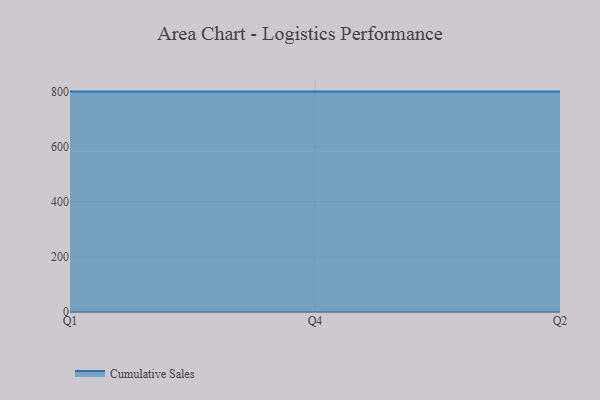
{"axis": {"x": "Quarter", "y": "Website Visitors"}, "legend": ["Cumulative Sales"], "data": [{"x": "Q1", "y": 800, "type": "Cumulative Sales"}, {"x": "Q4", "y": 800, "type": "Cumulative Sales"}, {"x": "Q2", "y": 800, "type": "Cumulative Sales"}]}